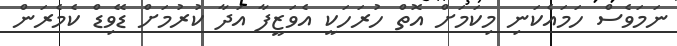
ނަމަވެސް ހަމައެކަނި މިކަމަށް އޮތް ހުރަހަކީ އެވަޒީފާ އަދާ ކުރުމަށް ޑޭވިޑް ކެމެރަން